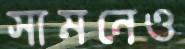
সামনেও